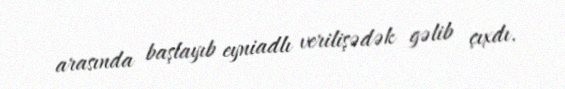
arasında başlayıb eyniadlı verilişədək gəlib çıxdı.